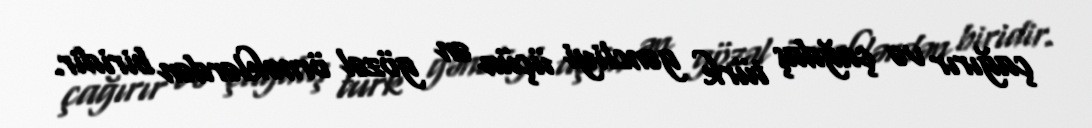
çağırır və çağdaş türk gəncliyi üçün ən gözəl örnəklərdən biridir.